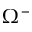
\Omega ^ { - }